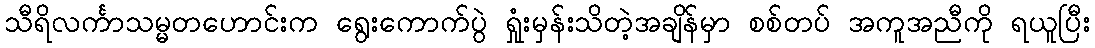
သီရိလင်္ကာသမ္မတဟောင်းက ရွေးကောက်ပွဲ ရှုံးမှန်းသိတဲ့အချိန်မှာ စစ်တပ် အကူအညီကို ရယူပြီး